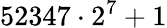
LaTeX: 52347\cdot 2^{7}+1